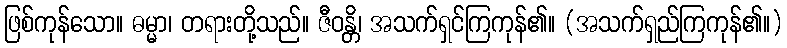
ဖြစ်ကုန်သော။ ဓမ္မာ၊ တရားတို့သည်။ ဇီဝန္တိ၊ အသက်ရှင်ကြကုန်၏။ (အသက်ရှည်ကြကုန်၏။)